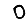
Digit: 0